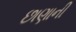
છાણાની